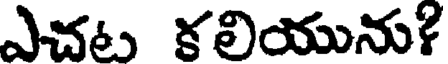
ఎచట కలియును?